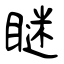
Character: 瞇